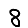
Digit: 8